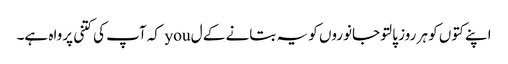
اپنے کتوں کو ہر روز پالتو جانوروں کو یہ بتانے کے ل you کہ آپ کی کتنی پرواہ ہے۔